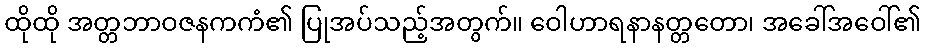
ထိုထို အတ္တဘာဝဇနကကံ၏ ပြုအပ်သည့်အတွက်။ ဝေါဟာရနာနတ္တတော၊ အခေါ်အဝေါ်၏